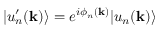
| u _ { n } ^ { \prime } ( \mathbf { k } ) \rangle = e ^ { i \phi _ { n } ( \mathbf { k } ) } | u _ { n } ( \mathbf { k } ) \rangle